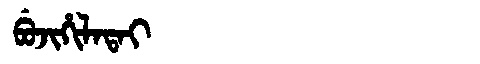
Manchu: ᠪᡠᠵᡳᡥᡳᠯᠠᡨᠠᡳ
Romanization: BUJIHILATAI